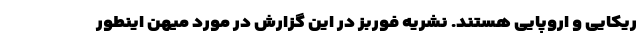
ریکایی و اروپایی هستند. نشریه فوربز در این گزارش در مورد میهن اینطور